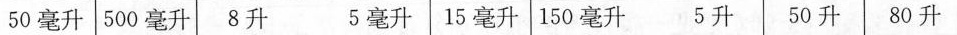
50毫升 500毫升 8升5毫升 15毫升 150毫升5升 50升 80升